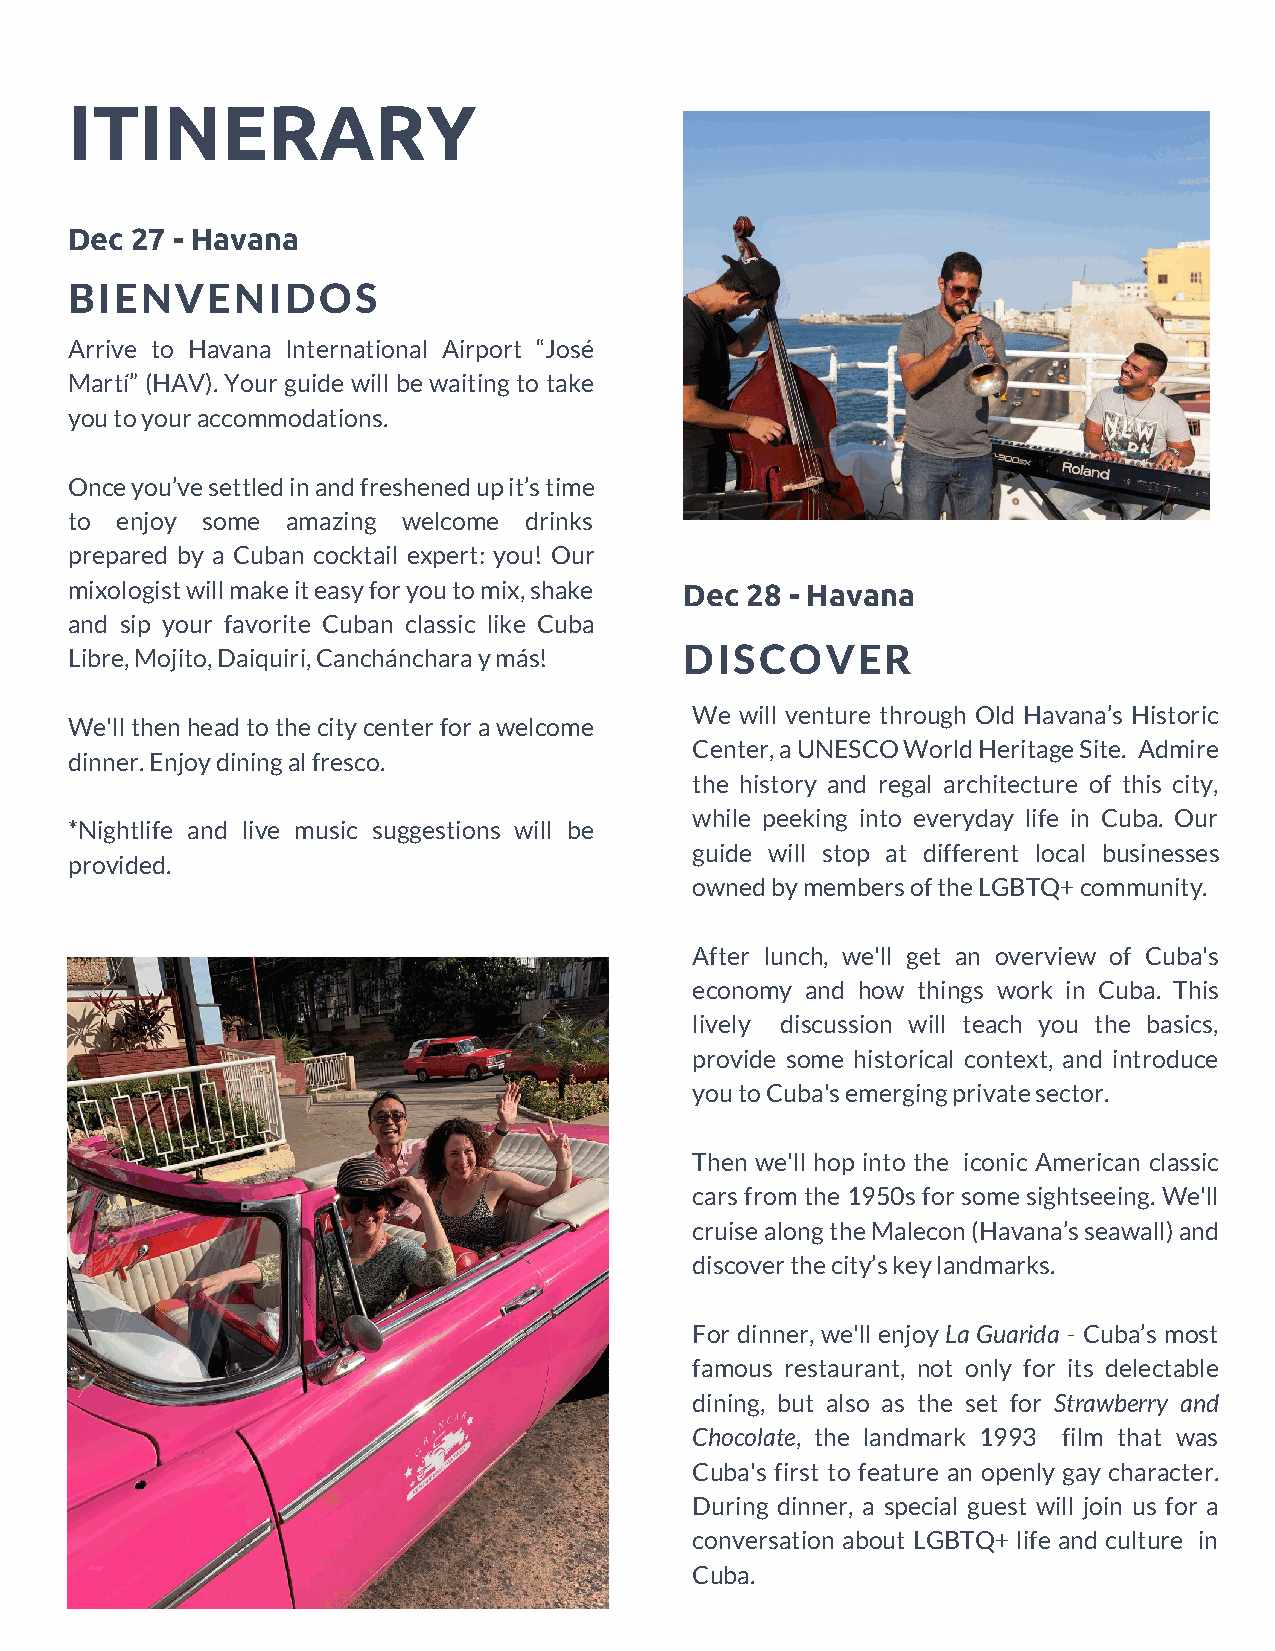
ITINERARY
 Dec  27 - Havana
 BIENVENIDOS
 Arrive to Havana International Airport “José
 Martí” (HAV). Your guide will be waiting to take
 you to your accommodations.
 Once you’ve settled in and freshened up it’s time
 to  enjoy some amazing welcome drinks
 prepared by a Cuban cocktail expert: you! Our
 mixologist will make it easy for you to mix, shake Dec 28 - Havana
 and sip your favorite Cuban classic like Cuba
 DISCOVER
 Libre, Mojito, Daiquiri, Canchánchara y más!
 We will venture through Old Havana’s Historic
 We'll then head to the city center for a welcome
 Center, a UNESCO World Heritage Site. Admire
 dinner. Enjoy dining al fresco.
 the history and regal architecture of this city,
 while peeking into everyday life in Cuba. Our
 *Nightlife and live music suggestions will be
 guide will stop at different local businesses
 provided.
 owned by members of the LGBTQ+ community.
 After lunch, we'll get an overview of Cuba's
 economy and how things work in Cuba. This
 lively discussion will teach you the basics,
 provide some historical context, and introduce
 you to Cuba's emerging private sector.
 Then we'll hop into the iconic American classic
 cars from the 1950s for some sightseeing. We'll
 cruise along the Malecon (Havana’s seawall) and
 discover the city’s key landmarks.
 For dinner, we'll enjoy La Guarida - Cuba’s most
 famous restaurant, not only for its delectable
 dining, but also as the set for Strawberry and
 Chocolate, the landmark 1993 film that was
 Cuba's first to feature an openly gay character.
 During dinner, a special guest will join us for a
 conversation about LGBTQ+ life and culture in
 Cuba.